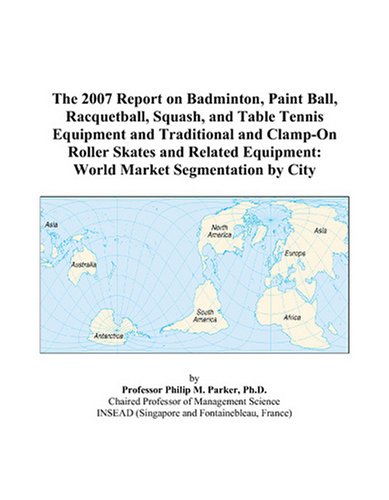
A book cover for The 2007 Report on Badminton, Paint Ball, Racquetball, Squash, and Table Tennis Equipment and Traditional and Clamp-On Roller Skates and Related Equipment: World Market Segmentation by City; Philip M. Parker; Sports & Outdoors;